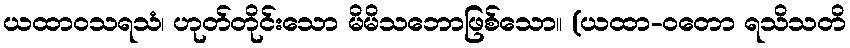
ယထာဝသရသံ၊ ဟုတ်တိုင်းသော မိမိသဘောဖြစ်သော။ (ယထာ-ဝတော ရသိသတိ